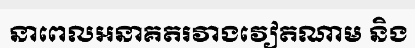
នាពេលអនាគតរវាងវៀតណាម និង